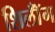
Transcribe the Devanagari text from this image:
शिलॉँग